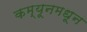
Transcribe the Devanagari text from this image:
कम्यूनमधून